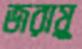
জরায়ু